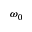
\omega _ { 0 }